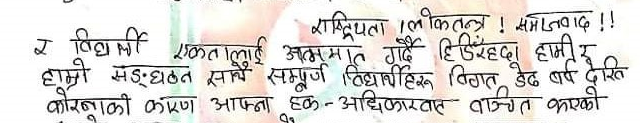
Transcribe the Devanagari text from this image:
राष्ट्रियता ! लोकतन्त्र ! समाजवाद !!
र विधार्थी एकतालाई अक्ष्क्षमत गर्दै हिडिरहदा हामी र
हाम्रो संगठन साथै सम्पूर्ण विधार्थीहरू विगत डेड बर्ष देखि
कोरोनुको कारण आफ्ना हक-अधिकारबाट वन्चित गरेको